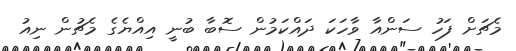
މެޗަށް ފަހު ސަންއާ ވާހަކަ ދައްކަމުން ސޮބާ ބުނީ އިއްޔެގެ މެޗުން ނިއު